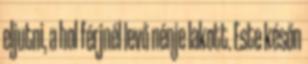
eljutni, a hol férjnél levő nénje lakott. Este későn